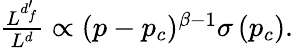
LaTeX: \begin{array}{r}{\frac{L^{d_{f}^{\prime}}}{L^{d}}\propto(p-p_{c})^{\beta-1}\sigma\left(p_{c}\right).}\end{array}